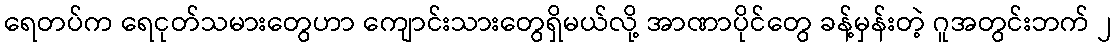
ရေတပ်က ရေငုတ်သမားတွေဟာ ကျောင်းသားတွေရှိမယ်လို့ အာဏာပိုင်တွေ ခန့်မှန်းတဲ့ ဂူအတွင်းဘက် ၂